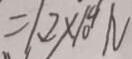
= 1 . 2 \times 1 0 ^ { 4 } N